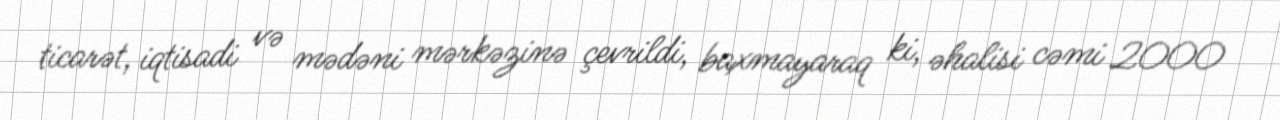
ticarət, iqtisadi və mədəni mərkəzinə çevrildi, baxmayaraq ki, əhalisi cəmi 2000